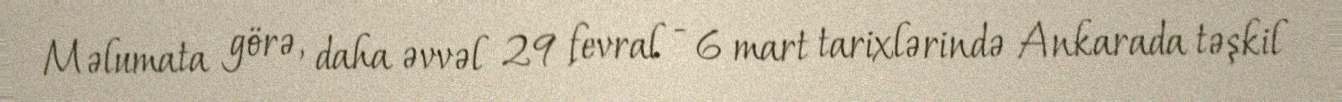
Məlumata görə, daha əvvəl 29 fevral - 6 mart tarixlərində Ankarada təşkil